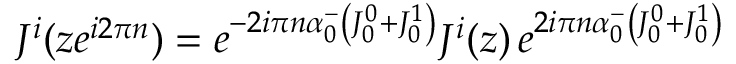
J ^ { i } ( z e ^ { i 2 \pi n } ) = e ^ { - 2 i \pi n \alpha _ { 0 } ^ { - } \left( J _ { 0 } ^ { 0 } + J _ { 0 } ^ { 1 } \right) } J ^ { i } ( z ) \, e ^ { 2 i \pi n \alpha _ { 0 } ^ { - } \left( J _ { 0 } ^ { 0 } + J _ { 0 } ^ { 1 } \right) }